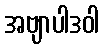
အဗျာပါဒဝါ